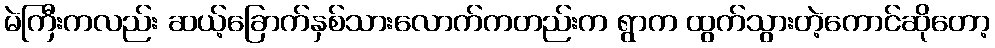
မဲကြီးကလည်း ဆယ့်ခြောက်နှစ်သားလောက်ကတည်းက ရွာက ထွက်သွားတဲ့ကောင်ဆိုတော့